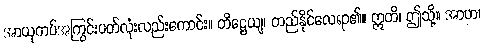
အာယုကပ်အကြွင်းပတ်လုံးလည်းကောင်း။ တိဋ္ဌေယျ၊ တည်နိုင်လေရာ၏။ ဣတိ၊ ဤသို့။ အာဟ၊